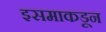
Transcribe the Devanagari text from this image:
इसमाकडून